Indian Civil Veterinary Department memoirs
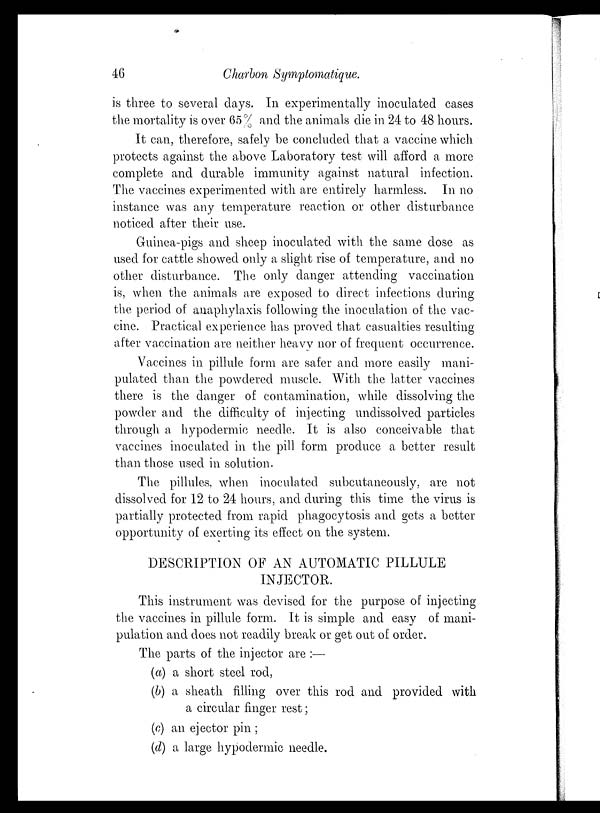
46
Charbon Symptomatique.
is three to several days. In experimentally inoculated cases
the mortality is over 65% and the animals die in 24 to 48 hours.
It can, therefore, safely be concluded that a vaccine which
protects against the above Laboratory test will afford a more
complete and durable immunity against natural infection.
The vaccines experimented with are entirely harmless. In no
instance was any temperature reaction or other disturbance
noticed after their use.
Guinea-pigs and sheep inoculated with the same dose as
used for cattle showed only a slight rise of temperature, and no
other disturbance. The only danger attending vaccination
is, when the animals are exposed to direct infections during
the period of anaphylaxis following the inoculation of the vac-
cine. Practical experience has proved that casualties resulting
after vaccination are neither heavy nor of frequent occurrence.
Vaccines in pillule form are safer and more easily mani-
pulated than the powdered muscle. With the latter vaccines
there is the danger of contamination, while dissolving the
powder and the difficulty of injecting undissolved particles
through a hypodermic needle. It is also conceivable that
vaccines inoculated in the pill form produce a better result
than those used in solution.
The pillules, when inoculated subcutaneously, are not
dissolved for 12 to 24 hours, and during this time the virus is
partially protected from rapid phagocytosis and gets a better
opportunity of exerting its effect on the system.
DESCRIPTION OF AN AUTOMATIC PILLULE
INJECTOR.
This instrument was devised for the purpose of injecting
the vaccines in pillule form. It is simple and easy of mani-
pulation and does not readily break or get out of order.
The parts of the injector are :—
(a) a short steel rod,
(b) a sheath filling over this rod and provided with
a circular finger rest ;
(c) an ejector pin ;
(d) a large hypodermic needle.